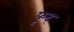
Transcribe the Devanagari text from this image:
फूट्